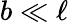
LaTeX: b\ll\ell